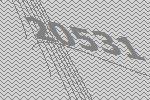
20531